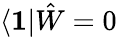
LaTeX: \langle\textbf{1}|\hat{W}=0